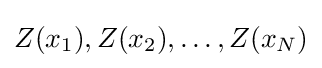
Z(x_{1}),Z(x_{2}),\ldots ,Z(x_{N})